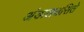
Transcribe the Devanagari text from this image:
अंडालउसिते